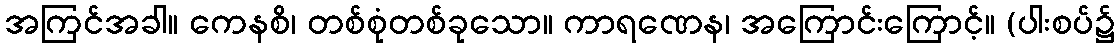
အကြင်အခါ။ ကေနစိ၊ တစ်စုံတစ်ခုသော။ ကာရဏေန၊ အကြောင်းကြောင့်။ (ပါးစပ်၌